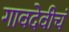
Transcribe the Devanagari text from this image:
गावदेवीचं